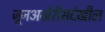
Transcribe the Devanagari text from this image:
जूनअखेरीसदेखील